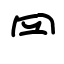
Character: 𦉰